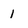
Character: 1